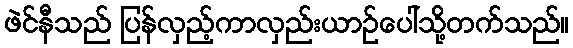
ဖဲင်နီသည် ပြန်လှည့်ကာလှည်းယာဉ်ပေါ်သို့တက်သည်။